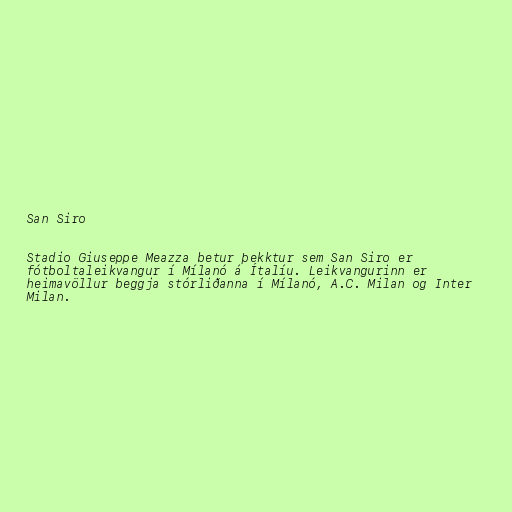
San Siro

Stadio Giuseppe Meazza betur þekktur sem San Siro er
fótboltaleikvangur í Mílanó á Ítalíu. Leikvangurinn er
heimavöllur beggja stórliðanna í Mílanó, A.C. Milan og Inter
Milan.